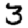
Digit: 3